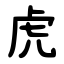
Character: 虎